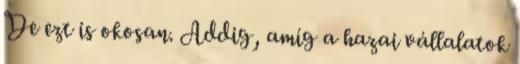
De ezt is okosan. Addig, amíg a hazai vállalatok